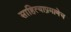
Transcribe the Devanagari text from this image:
साहित्याप्रमाणेच